Plague in India, 1896, 1897 - Volume 3
Year: 1896
Disease focus: Plague
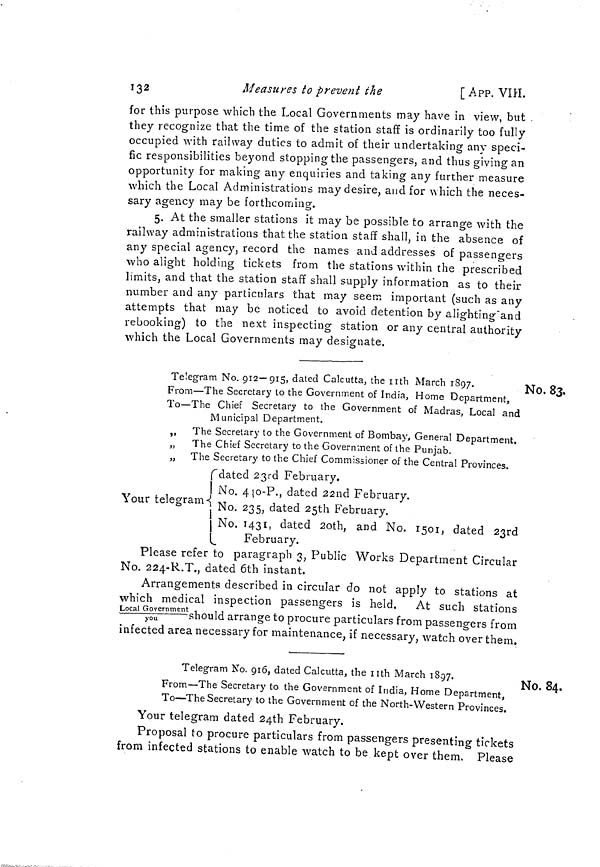
132
Measures to prevent the
[ APP. VIH.
for this purpose which the Local Governments may have in view, but
they recognize that the time of the station staff is ordinarily too fully
occupied with railway duties to admit of their undertaking any speci-
fic responsibilities beyond stopping the passengers, and thus giving an
opportunity for making any enquiries and taking any further measure
which the Local Administrations may desire, and for which the neces-
sary agency may be forthcoming.
5. At the smaller stations it may be possible to arrange with the
railway administrations that the station staff shall, in the absence of
any special agency, record the names and addresses of passengers
who alight holding tickets from the stations within the prescribed
limits, and that the station staff shall supply information as to their
number and any particulars that may seem important {such as any
attempts that may be noticed to avoid detention by alighting'and
rebooking) to the next inspecting station or any central authority
which the Local Governments may designate.
No, 83.
Telegram No. 912—915, dated Calcutta, the nth March 1897.
From—The Secretary to the Government of India, Home Department,
To—The Chief Secretary to the Government of Madras, Local and
Municipal Department.
,, The Secretary to the Government of Bombay, General Department.
„
The Chief Secretary to the Government of the Punjab.
„ The Secretary to the Chief Commissioner of the Central Provinces.
Your telegram-
Ç dated 2ßrd February.
1 No. 4|o-P., dated 22nd February.
"J No. 235, dated 25th February.
|
j No. 1431, dated 2oth, and No. 1501, dated 2ßrd
1^
February.
Please refer to paragraph 3, Public Works Department Circular
No. 224-R.T., dated 6th instant.
Arrangements described in circular do not apply to stations at
which medical inspection passengers is held.
At such stations
Local Government .
, ,
. ,
..
should arrange to procure particulars from passengers from
infected area necessary for maintenance, if necessary, watch over them.
No. 84.
Telegram No. 916, dated Calcutta, the nth March 1897.
From—The Secretary to the Government of India, Home Department,
To—The Secretary to the Government of the North-Western Provinces.
Your telegram dated 24th February.
Proposal to procure particulars from passengers presenting tickets
from infected stations to enable watch to be kept over them. Please